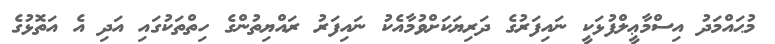
މުޙައްމަދު އިސްމާޢީލްފުޅަކީ ނައިފަރުގެ ދަރިޔަކަށްވުމާއެކު ނައިފަރު ރައްޔިތުންގެ ހިތްތަކުގައި އަދި އެ އަތޮޅުގެ